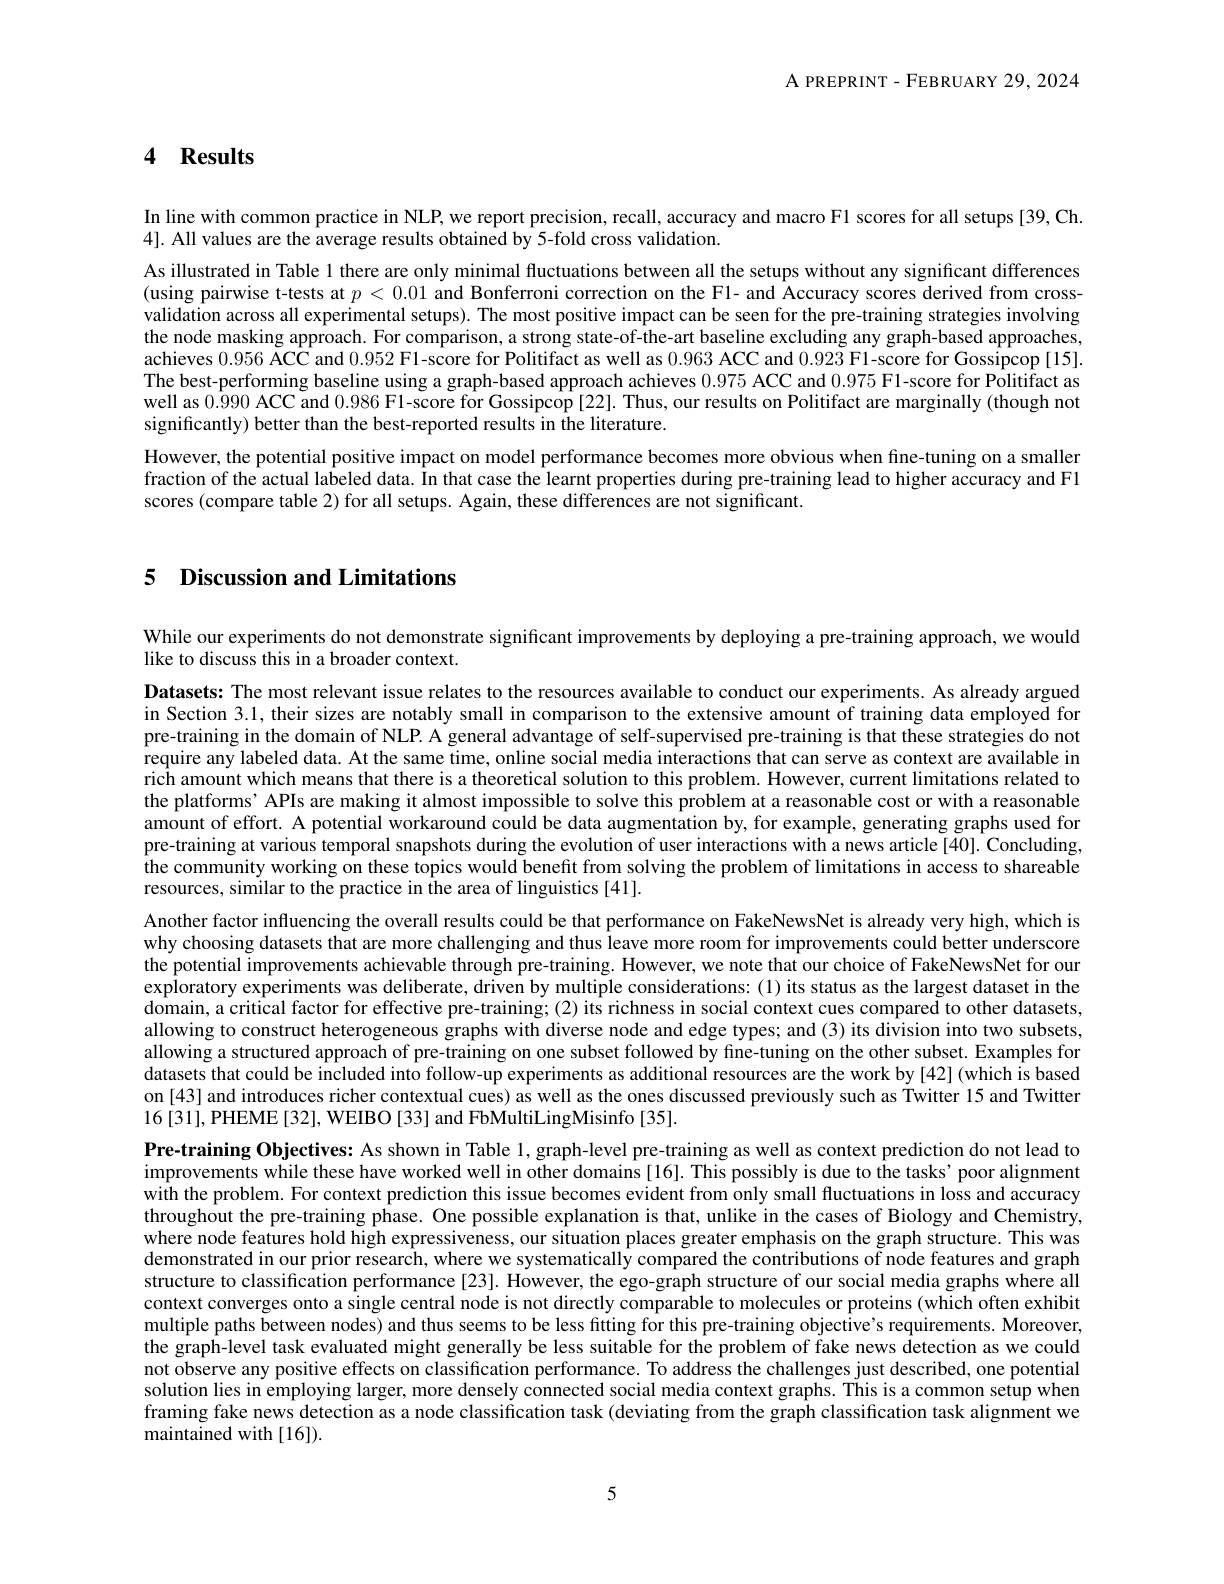
A PREPRINT - FEBRUARY 29, 2024

## 4 Results

In line with common practice in NLP, we report precision, recall, accuracy and macro F1 scores for all setups[39, Ch.

4]. All values are the average results obtained by 5-fold cross validation.

As illustrated in Table 1 there are only minimal fluctuations between all the setups without any significant differences (using pairwise t-tests at $p<0.01$ and Bonferroni correction on the Fl- and Accuracy scores derived from crossvalidation across all experimental setups). The most positive impact can be seen for the pre-training strategies involving the node masking approach. For comparison, a strong state-of-the-art baseline excluding any graph-based approaches, achieves 0.956 ACC and 0.952 Fl-score for Politifact as well as 0.963 ACC and 0.923 F1-score for Gossipcop [15]. The best-performing baseline using a graph-based approach achieves 0.975 ACC and 0.975 Fl-score for Politifact as well as 0.990 ACC and 0.986 F1-score for Gossipcop [22]. Thus, our results on Politifact are marginally (though not significantly) better than the best-reported results in the literature.
However, the potential positive impact on model performance becomes more obvious when fine-tuning on a smaller fraction of the actual labeled data. În that case the learnt properties during pre-training lead to higher accuracy and F1 scores (compare table 2) for all setups. Again, these differences are not significant.

### 5 Discussion and Limitations

While our experiments do not demonstrate significant improvements by deploying a pre-training approach, we would

like to discuss this in a broader context.
Datasets: The most relevant issue relates to the resources available to conduct our experiments. As already argued in Section 3.1, their sizes are notably small in comparison to the extensive amount $\hat{\text{of training data employed for}}$ pre-training in the domain of NLP. A general advantage of self-supervised pre-training is that these strategies do not require any labeled data. At the same time, online social media interactions that can serve as context are available in rich amount which means that there is a theoretical solution to this problem. However, current limitations related to the platforms’ APIs are making it almost impossible to solve this problem at a reasonable cost or with a reasonable amount of effort. A potential workaround could be data augmentation by, for example, generating graphs used for pre-training at various temporal snapshots during the evolution of user interactions with a news article [40]. Concluding, $\hat{\text{the community working on these topics would benefit from solving the problem of limitations in access to shareable}}$ resources, similar to the practice in the area of linguistics [41].
Another factor influencing the overall results could be that performance on FakeNewsNet is already very high, which is why choosing datasets that are more challenging and thus leave more room for improvements could better underscore the potential improvements achievable through pre-training. However, we note that our choice of FakeNewsNet for our exploratory experiments was deliberate, driven by multiple considerations: (1) its status as the largest dataset in the domain, a critical factor for effective pre-training; (2) its richness in social context cues compared to other datasets, allowing to construct heterogeneous graphs with diverse node and edge types; and (3) its division into two subsets, allowing a structured approach of pre-training on one subset followed by fine-tuning on the other subset. Examples for datasets that could be included into follow-up experiments as additional resources are the work by [42](which is based on [43] and introduces richer contextual cues) as well as the ones discussed previously such as Twitter 15 and Twitter 16[31],PHEME[32], WEIBO[33] and FbMultiLingMisinfo[35].
Pre-training Objectives: As shown in Table 1, graph-level pre-training as well as context prediction do not lead to improvements while these have worked well in other domains[16]. This possibly is due to the tasks' poor alignment with the problem. For context prediction this issue becomes evident from only small fluctuations in loss and accuracy throughout the pre-training phase. One possible explanation is that, unlike in the cases of Biology and Chemistrý, where node features hold high expressiveness, our situation places greater emphasis on the graph structure. This was demonstrated in our prior research, where we systematically compared the contributions of node features and graph structure to classification performance [23]. However, the ego-graph structure of our social media graphs where all context converges onto a single central node is not directly comparable to molecules or proteins (which often exhibit multiple paths between nodes) and thus seems to be less fitting for this pre-training objective's requirements. Moreover the graph-level task evaluated might generally be less suitable for the problem of fake news detection as we could not observe any positive effects on classification performance. To address the challenges just described, one potential solution lies in employing larger, more densely connected social media context graphs. This is a common setup when framing fake news detection as a node classification task (deviating from the graph classification task alignment we maintained with [16])

5